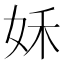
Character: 姀